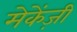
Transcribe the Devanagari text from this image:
मेकेंज़ी